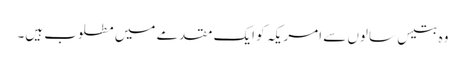
وہ بتیس سالوں سے امریکہ کو ایک مقدمے میں مطلوب ہیں۔